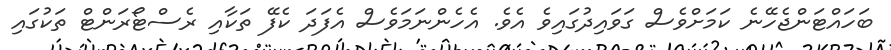
ބަހައްޓަންޖެހޭނެ ކަމަށްވެސް ގަވައިދުގައިވެ އެވެ. އެހެންނަމަވެސް އެފަދަ ކެފޭ ތަކާއި ރެސްޓޯރަންޓް ތަކުގައި